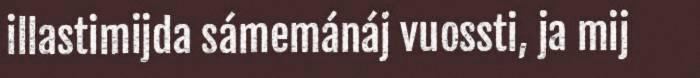
illastimijda sámemánáj vuossti, ja mij